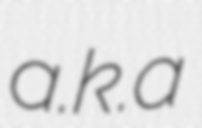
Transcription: a.k.a